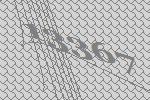
13367